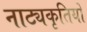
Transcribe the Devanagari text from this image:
नाट्यकृतियों